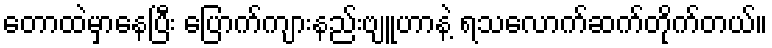
တောထဲမှာနေပြီး ပြောက်ကျားနည်းဗျူဟာနဲ့ ရသလောက်ဆက်တိုက်တယ်။